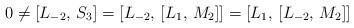
LaTeX: \begin{align*} 0 \neq [L_{-2}, \, S_3] = [L_{-2}, \, [L_1, \, M_2]] = [L_1, \, [L_{-2}, \, M_2]] \end{align*}